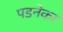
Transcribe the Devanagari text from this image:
पडनेका